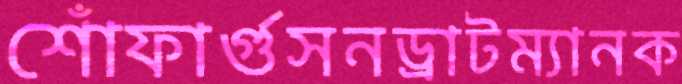
শোঁফার্গুসনড্রাটম্যানক